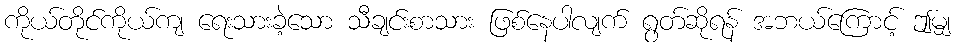
ကိုယ်တိုင်ကိုယ်ကျ ရေးသားခဲ့သော သီချင်းစာသား ဖြစ်နေပါလျက် ရွတ်ဆိုရန် အဘယ်ကြောင့် ဤမျှ